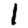
Digit: 1